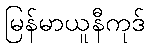
မြန်မာယူနီကုဒ်